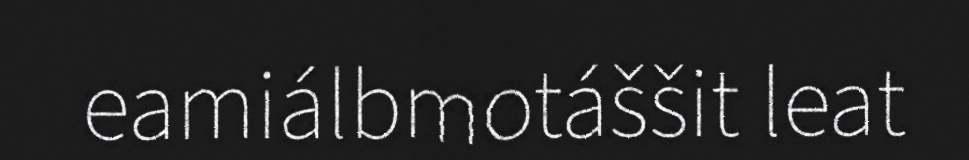
eamiálbmotáššit leat